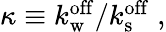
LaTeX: \begin{array}{r}{\kappa\equiv k_{\mathrm{w}}^{\mathrm{off}}/k_{\mathrm{s}}^{\mathrm{off}}\; ,}\end{array}